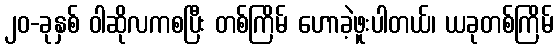
၂၀-ခုနှစ် ဝါဆိုလကစပြီး တစ်ကြိမ် ဟောခဲ့ဖူးပါတယ်၊ ယခုတစ်ကြိမ်